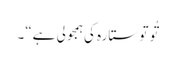
تُو تو ستارہ کی ہمجولی ہے“۔